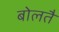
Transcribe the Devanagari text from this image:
बोलतै